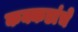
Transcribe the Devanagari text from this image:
कक्कडांचे